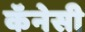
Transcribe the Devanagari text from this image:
कॅनेसी